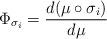
LaTeX: \begin{align*}\Phi_{\sigma_i}=\frac{d(\mu\circ\sigma_i)}{d\mu}\end{align*}